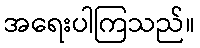
အရေးပါကြသည်။